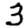
Digit: 3